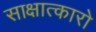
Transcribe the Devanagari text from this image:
साक्षात्कारो